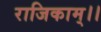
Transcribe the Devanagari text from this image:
राजिकाम्।।